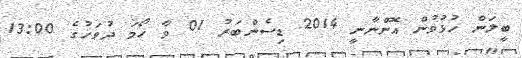
ބީލަން ހުޅުވުން އޮންނާނީ 2014 ޑިސެންބަރު 01 ވާ ހޯމަ ދުވަހުގެ 13:00